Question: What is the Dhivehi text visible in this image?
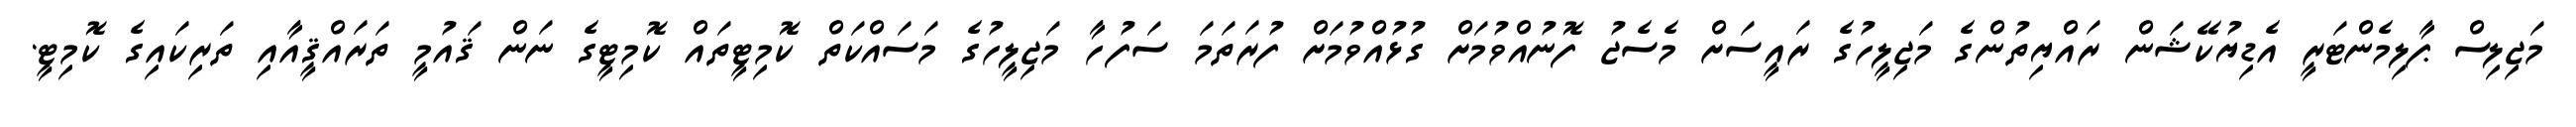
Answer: މަޖިލިސް ޕާލިމެންޓަރީ އެޑިޔުކޭޝަން ރައްޔިތުންގެ މަޖިލީހުގެ ރައީސަށް މެސެޖު ފޮނުއްވުމަށް ގުޅުއްވުމަށް ފުރަތަމަ ސަފުހާ މަޖިލީހުގެ މަސައްކަތް ކޮމިޓީތައް ކޮމިޓީގެ ނަން ޤައުމީ ތަރައްޤީއާއި ތަރިކައިގެ ކޮމިޓީ.